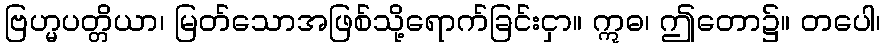
ဗြဟ္မပတ္တိယာ၊ မြတ်သောအဖြစ်သို့ရောက်ခြင်းငှာ။ ဣဓ၊ ဤတော၌။ တပေါ၊